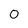
Character: 0